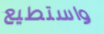
واستطيع